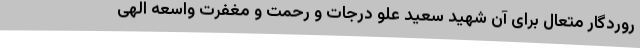
روردگار متعال برای آن شهید سعید علو درجات و رحمت و مغفرت واسعه الهی